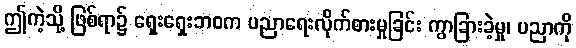
ဤကဲ့သို့ ဖြစ်ရာ၌ ရှေးရှေးဘဝက ပညာရေးလိုက်စားမှုခြင်း ကွာခြားခဲ့မှု၊ ပညာကို